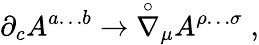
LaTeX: {\partial}_{c}A^{a\dots b}\rightarrow{\stackrel{\circ}{\nabla}}{}_{\mu}A^{\rho\dots\sigma}\; ,